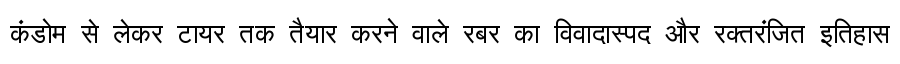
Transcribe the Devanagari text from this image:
कंडोम से लेकर टायर तक तैयार करने वाले रबर का विवादास्पद और रक्तरंजित इतिहास